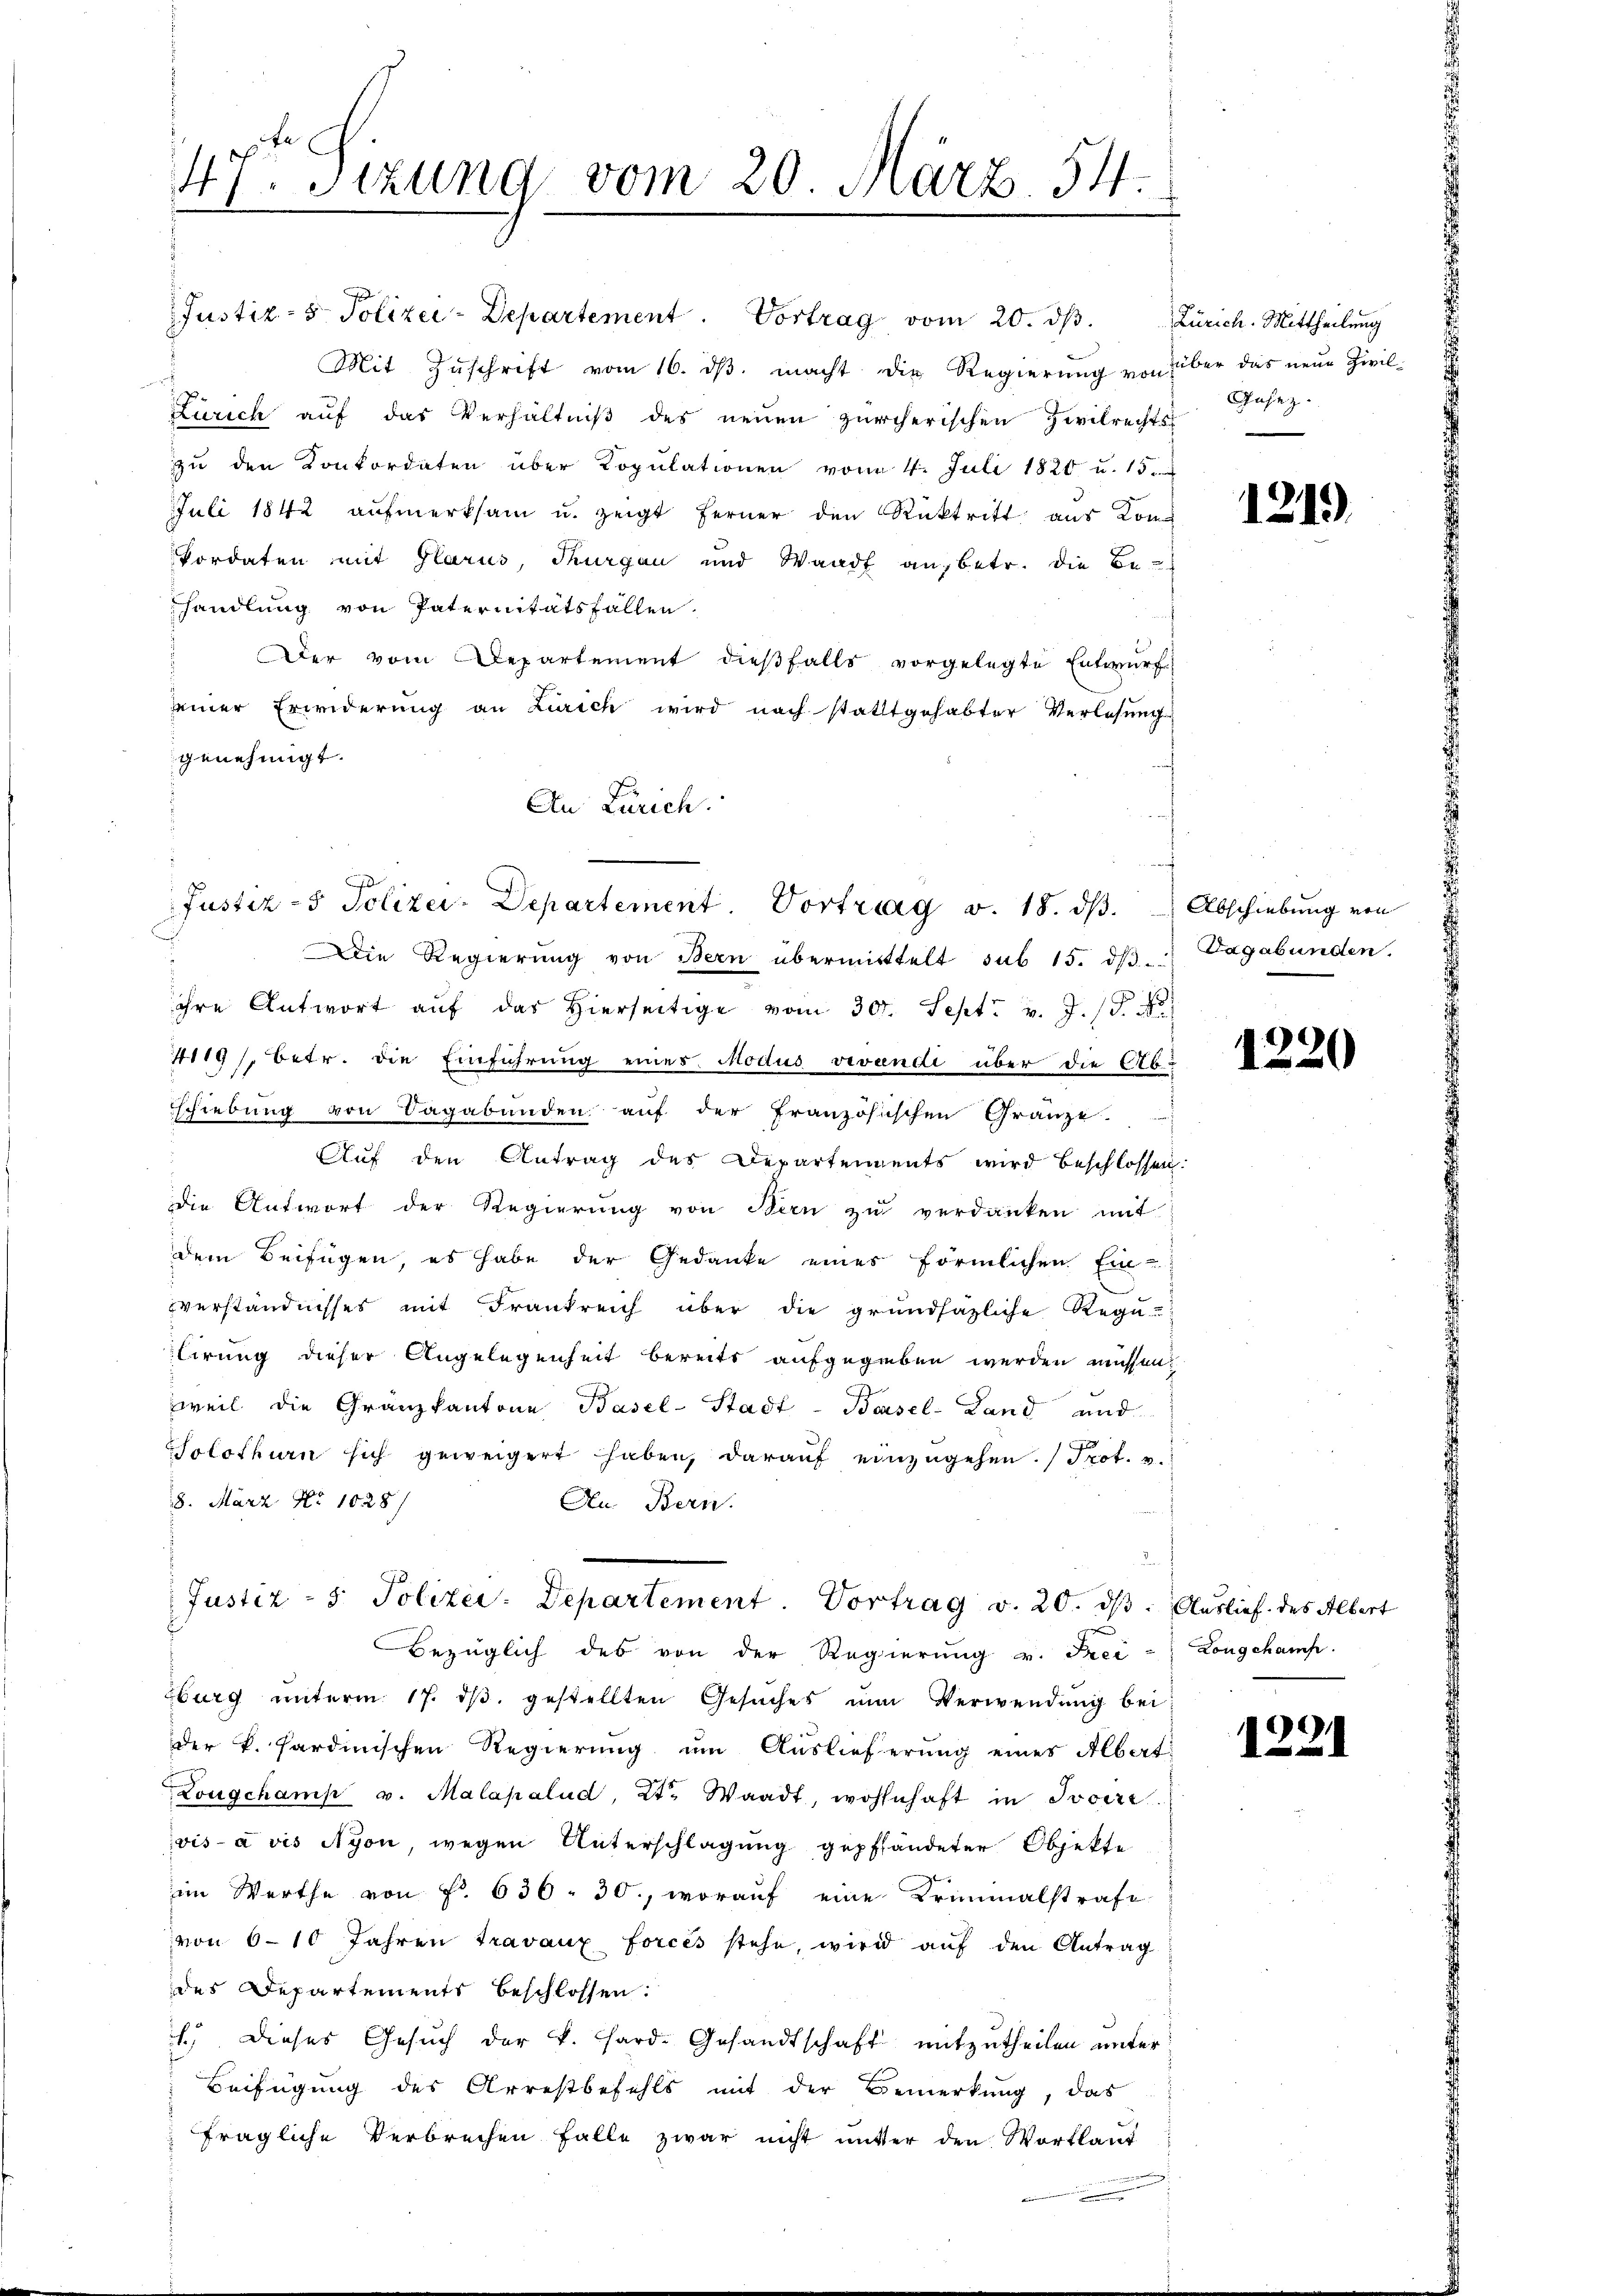
Mit Zŭschrift vom 16. dβ. macht die Regierung von über das neue Zivil-
Zürich auf das Verhältniß des neuen zürcherischen Zivilrechts-
zu den Konkordaten über Kopulationen vom 4. Juli 1820 u. 15
Juli 1842 aŭfmerksam u. zeigt ferner den Rücktritt aus Kon¬
Pordaten mit Glarus, Thurgan und Waadt an, betr. die Behandlung von Paternitätsfallen.
Der vom Departement dieβfalls vorgelegte Entwŭrf
seiner Erwiderung an Zürich wird nach statttgehabter Verlosung
genehmigt.
An Zürich.

47. Sitzung vom 20. März 54.

Justiz- & Polizei-Departement. Vortrag v. 18. dβ. Abschiebung von

Die Regierŭng von Bern übermittelt sub 15. dβ. Vagabunden.
ihre Antwort aŭf das hierseitige vom 30. Sept. v. J. P. Nr.
4119/, betr. die Einführung eines Modus vivendi über die Abschiebung von Tagabunden auf der französischen Gränze
Auf den Antrag des Departements wird beschlossen.
die Antwort der Regierung von Stern zu verdanken mit
dem Beifügen, es habe der Gedanke eines förmlichen Ein-
verständnisses mit Frankreich über die grundsazliche Rege
lirung dieser Angelegenheit bereits aufgegeben werden müssen.
weil die Granzkantone Basel-Stadt-Basel-Land und
Solothurn sich geweigert haben, darauf einzugehen. (Prot. v.
8. März No 1028/
Au. Bern.
Justiz - 5. Polizei-Departement. Vortrag v. 20. ds. Auslief des Albert
Bezüglich des von der Regierung v. Frei
zburg ŭnterm 17. dβ. gestellten Gesŭches um Verwendŭng bei
der k. Sardinischen Regierung um Auslieferung eines Albert
Longchamp u. Malapalud, Kt. Waadt, wohnhaft in Socizi
vis à vis Nyon, wegen Unterschlagung gepfändeter Objekte
im Werthe von Fr. 636. 30., worauf eine Kriminalstrafe
von 6–10 Jahren travaux forcés stehe, wird aŭf den Antrag
des Departements beschlossen:
1.) Dieses Gesŭch der v. Hard-Gesandtschaft mitzutheilen unter
Beifügung des Arrestbefehls mit der Bemerkung, das
fragliche Verbrechen falle zwar nicht unter den Wortlaut

Justiz- & Polizei-Departement. Vortrag vom 20. dβ.

Zürich. Mittheilung
Insez.

1219.

1220

Longchamp

1221